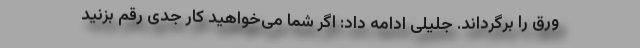
ورق را برگرداند. جلیلی ادامه داد: اگر شما می‌خواهید کار جدی رقم بزنید